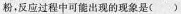
粉，反应过程中可出现的现象是()